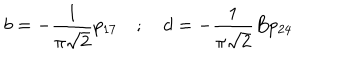
LaTeX: b = - \frac { 1 } { \pi \sqrt { 2 } } p _ { 1 7 } \quad ; \quad d = - \frac { 1 } { \pi \sqrt { 2 } } B p _ { 2 4 }